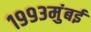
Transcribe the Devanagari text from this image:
१९९३मुंबई